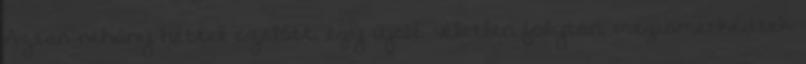
Aztán néhány héttel ezelőtt, egy újabb véletlen folytán, megismerkedtek